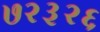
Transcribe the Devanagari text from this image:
७२३२६